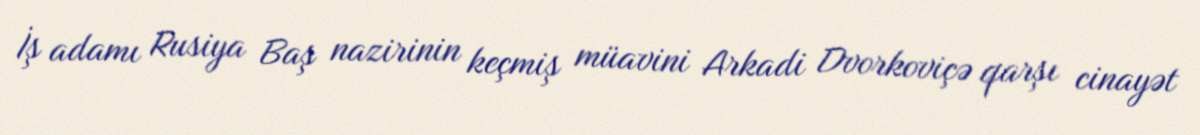
İş adamı Rusiya Baş nazirinin keçmiş müavini Arkadi Dvorkoviçə qarşı cinayət